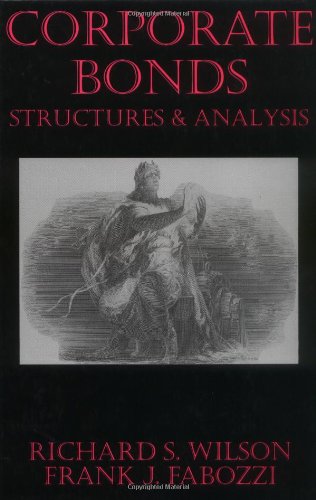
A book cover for Corporate Bonds: Structure and Analysis; Richard C. Wilson; Business & Money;